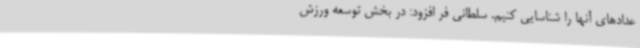
عدادهای آنها را شناسایی کنیم. سلطانی فر افزود: در بخش توسعه ورزش